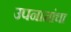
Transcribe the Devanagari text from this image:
उपनामांचा